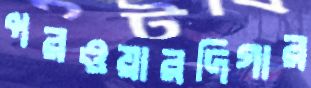
পরওয়ারদিগার